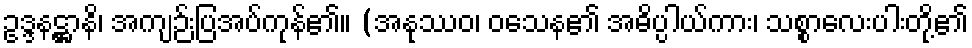
ဥဒ္ဒနဋ္ဌာနိ၊ အကျဉ်းပြအပ်ကုန်၏။ (အနုဿဝ၊ ဝသေန၏ အဓိပ္ပါယ်ကား၊ သစ္စာလေးပါးတို့၏